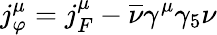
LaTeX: j_{\varphi}^{\mu}=j_{F}^{\mu}-\overline{{{\nu}}}\gamma^{\mu}\gamma_{5}\nu